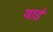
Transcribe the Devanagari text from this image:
थाडे